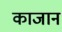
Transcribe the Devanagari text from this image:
काजान